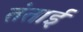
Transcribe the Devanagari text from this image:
तंताई